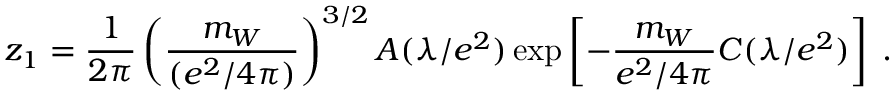
z _ { 1 } = { \frac { 1 } { 2 \pi } } \left( { \frac { m _ { W } } { ( e ^ { 2 } / 4 \pi ) } } \right) ^ { 3 / 2 } A ( \lambda / e ^ { 2 } ) \exp \left[ - { \frac { m _ { W } } { e ^ { 2 } / 4 \pi } } C ( \lambda / e ^ { 2 } ) \right] \; .